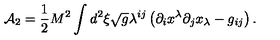
{ \cal A } _ { 2 } = \frac { 1 } { 2 } M ^ { 2 } \int _ { } ^ { } d ^ { 2 } \xi \sqrt { g } \lambda ^ { i j } \left( \partial _ { i } x ^ { \lambda } \partial _ { j } x _ { \lambda } - g _ { i j } \right) { . }